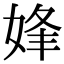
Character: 㛔